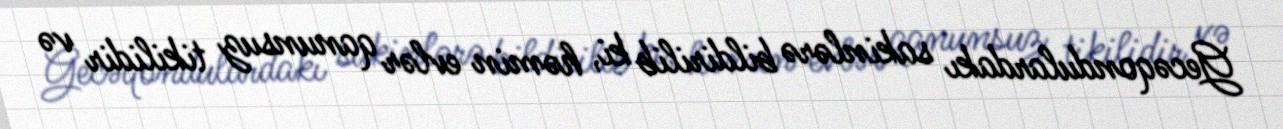
Gecəqondulardakı sakinlərə bildirilib ki, həmin evlər qanunsuz tikilidir və